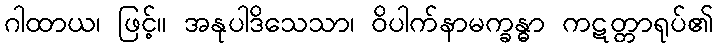
ဂါထာယ၊ ဖြင့်။ အနုပါဒိသေသာ၊ ဝိပါက်နာမက္ခန္ဓာ ကဋတ္တာရုပ်၏